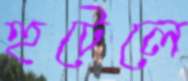
হুটেলে